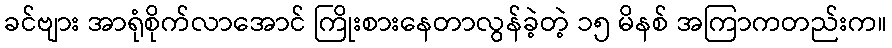
ခင်ဗျား အာရုံစိုက်လာအောင် ကြိုးစားနေတာလွန်ခဲ့တဲ့ ၁၅ မိနစ် အကြာကတည်းက။